Annual report of the Punjab Veterinary College and of the Civil Veterinary Department, Punjab - 1920-1925
Year: 1920
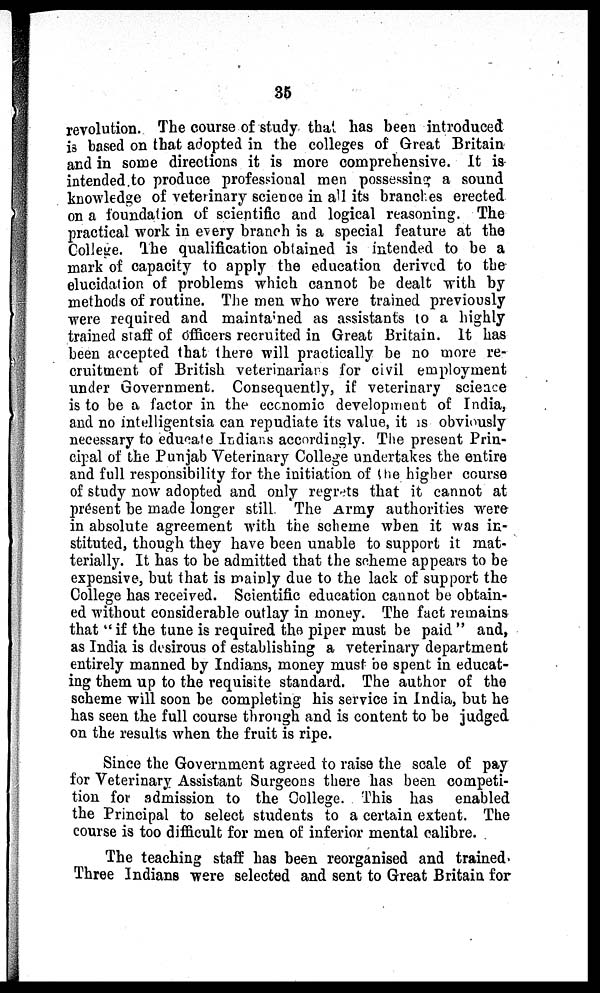
35
revolution. The course of study that has been introduced
is based on that adopted in the colleges of Great Britain
and in some directions it is more comprehensive. It is
intended to produce professional men possessing a sound
knowledge of veterinary science in all its branches erected
on a foundation of scientific and logical reasoning. The
practical work in every branch is a special feature at the
College. The qualification obtained is intended to be a
mark of capacity to apply the education derived to the
elucidation of problems which cannot be dealt with by
methods of routine. The men who were trained previously
were required and maintained as assistants to a highly
trained staff of officers recruited in Great Britain. It has
been accepted that there will practically be no more re-
cruitment of British veterinarians for civil employment
under Government. Consequently, if veterinary science
is to be a factor in the economic development of India,
and no intelligentsia can repudiate its value, it is obviously
necessary to educate Indians accordingly. The present Prin-
cipal of the Punjab Veterinary College undertakes the entire
and full responsibility for the initiation of the higher course
of study now adopted and only regrets that it cannot at
présent be made longer still. The Army authorities were
in absolute agreement with the scheme when it was in-
stituted, though they have been unable to support it mat-
terially. It has to be admitted that the scheme appears to be
expensive, but that is mainly due to the lack of support the
College has received. Scientific education cannot be obtain-
ed without considerable outlay in money. The fact remains
that "if the tune is required the piper must be paid" and,
as India is desirous of establishing a veterinary department
entirely manned by Indians, money must be spent in educat-
ing them up to the requisite standard. The author of the
scheme will soon be completing his service in India, but he
has seen the full course through and is content to be judged
on the results when the fruit is ripe.
Since the Government agreed to raise the scale of pay
for Veterinary Assistant Surgeons there has been competi-
tion for admission to the College. This has enabled
the Principal to select students to a certain extent. The
course is too difficult for men of inferior mental calibre.
The teaching staff has been reorganised and trained-
Three Indians were selected and sent to Great Britain for